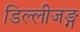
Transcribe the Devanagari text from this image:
डिल्लीजङ्ग